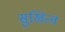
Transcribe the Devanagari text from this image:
सुखित्व